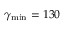
\gamma _ { \mathrm { m i n } } = 1 3 0